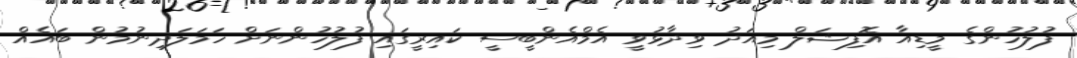
ފުލުހުންގެ މީޑިއާ އޮފިޝަލް މިއަދު ވިދާޅުވީ އެމްއެންބީސީ ކައިރީގައި ފުލުހުންނަށް ހަމަލަދިނުމުން ބައެއް